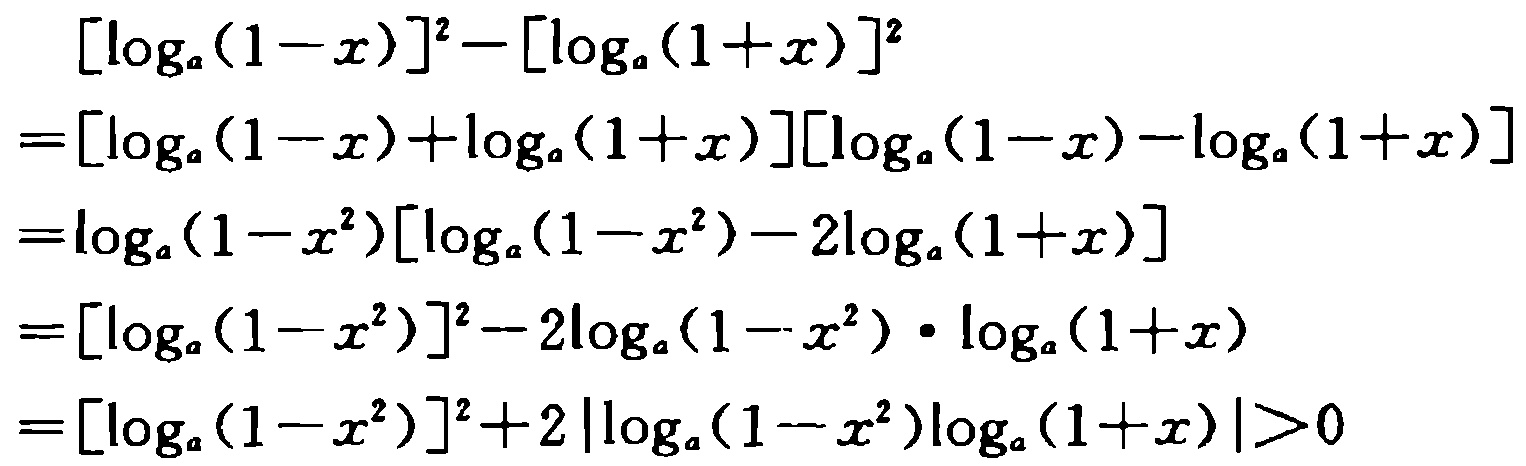
\[
\begin{align*}
&[\log_{a}(1 - x)]^{2}-[\log_{a}(1 + x)]^{2}\\
=&[\log_{a}(1 - x)+\log_{a}(1 + x)][\log_{a}(1 - x)-\log_{a}(1 + x)]\\
=&\log_{a}(1 - x^{2})[\log_{a}(1 - x^{2})-2\log_{a}(1 + x)]\\
=&[\log_{a}(1 - x^{2})]^{2}-2\log_{a}(1 - x^{2})\cdot\log_{a}(1 + x)\\
=&[\log_{a}(1 - x^{2})]^{2}+2|\log_{a}(1 - x^{2})\log_{a}(1 + x)|>0
\end{align*}
\]